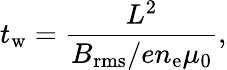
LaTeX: t_{\mathrm{w}}=\frac{L^{2}}{B_{\mathrm{rms}}/en_{\mathrm{e}}\mu_{0}},